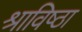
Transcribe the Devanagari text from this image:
श्राविष्ठा